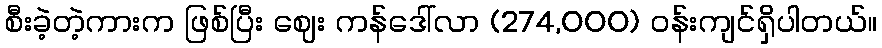
စီးခဲ့တဲ့ကားက ဖြစ်ပြီး ဈေး ကန်ဒေါ်လာ (274,000) ဝန်းကျင်ရှိပါတယ်။